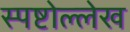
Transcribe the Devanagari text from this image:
स्पष्टोल्लेख